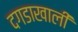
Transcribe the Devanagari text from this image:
दगडाखाली